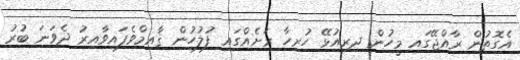
އެގޮތުން ރާއްޖޭގައި މީހުން ދިރިއުޅޭ ހުރިހާ ރަށެއްގައި ފުލުހުން ޤާއިމްވެފައިވާއިރު ދެވަނަ ބުރު